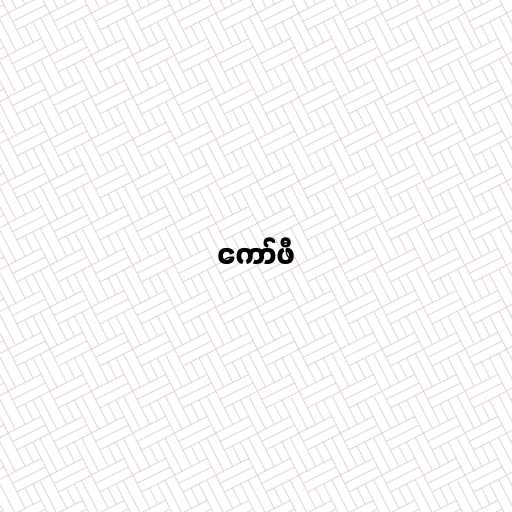
ကော်ဖီ